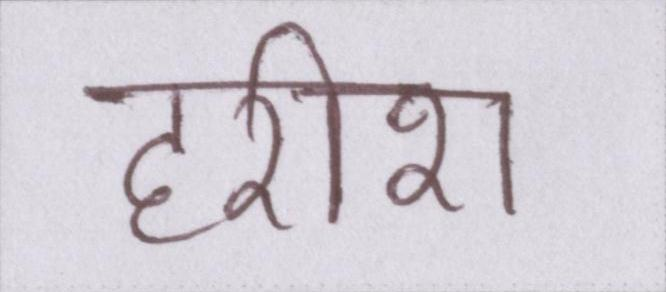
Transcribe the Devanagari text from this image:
हरीश